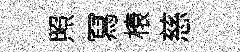
照冩榱慈